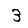
Digit: 3